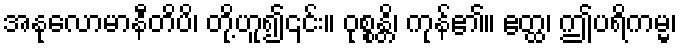
အနုလောမာနီတိပိ၊ တို့ဟူ၍၎င်း။ ဝုစ္စန္တိ၊ ကုန်၏။ ဧတ္ထ၊ ဤပရိကမ္မ၊